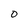
Character: O